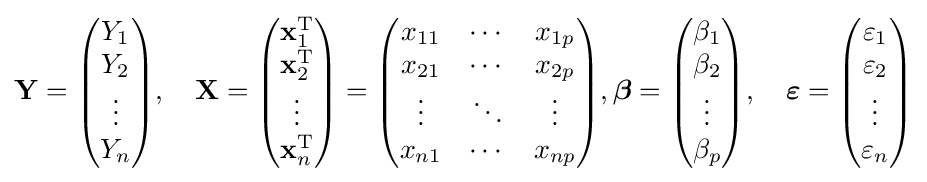
\mathbf {Y} ={\begin{pmatrix}Y_{1}\\Y_{2}\\\vdots \\Y_{n}\end{pmatrix}},\quad \mathbf {X} ={\begin{pmatrix}\mathbf {x} _{1}^{\rm {T}}\\\mathbf {x} _{2}^{\rm {T}}\\\vdots \\\mathbf {x} _{n}^{\rm {T}}\end{pmatrix}}={\begin{pmatrix}x_{11}&\cdots &x_{1p}\\x_{21}&\cdots &x_{2p}\\\vdots &\ddots &\vdots \\x_{n1}&\cdots &x_{np}\end{pmatrix}},{\boldsymbol {\beta }}={\begin{pmatrix}\beta _{1}\\\beta _{2}\\\vdots \\\beta _{p}\end{pmatrix}},\quad {\boldsymbol {\varepsilon }}={\begin{pmatrix}\varepsilon _{1}\\\varepsilon _{2}\\\vdots \\\varepsilon _{n}\end{pmatrix}}